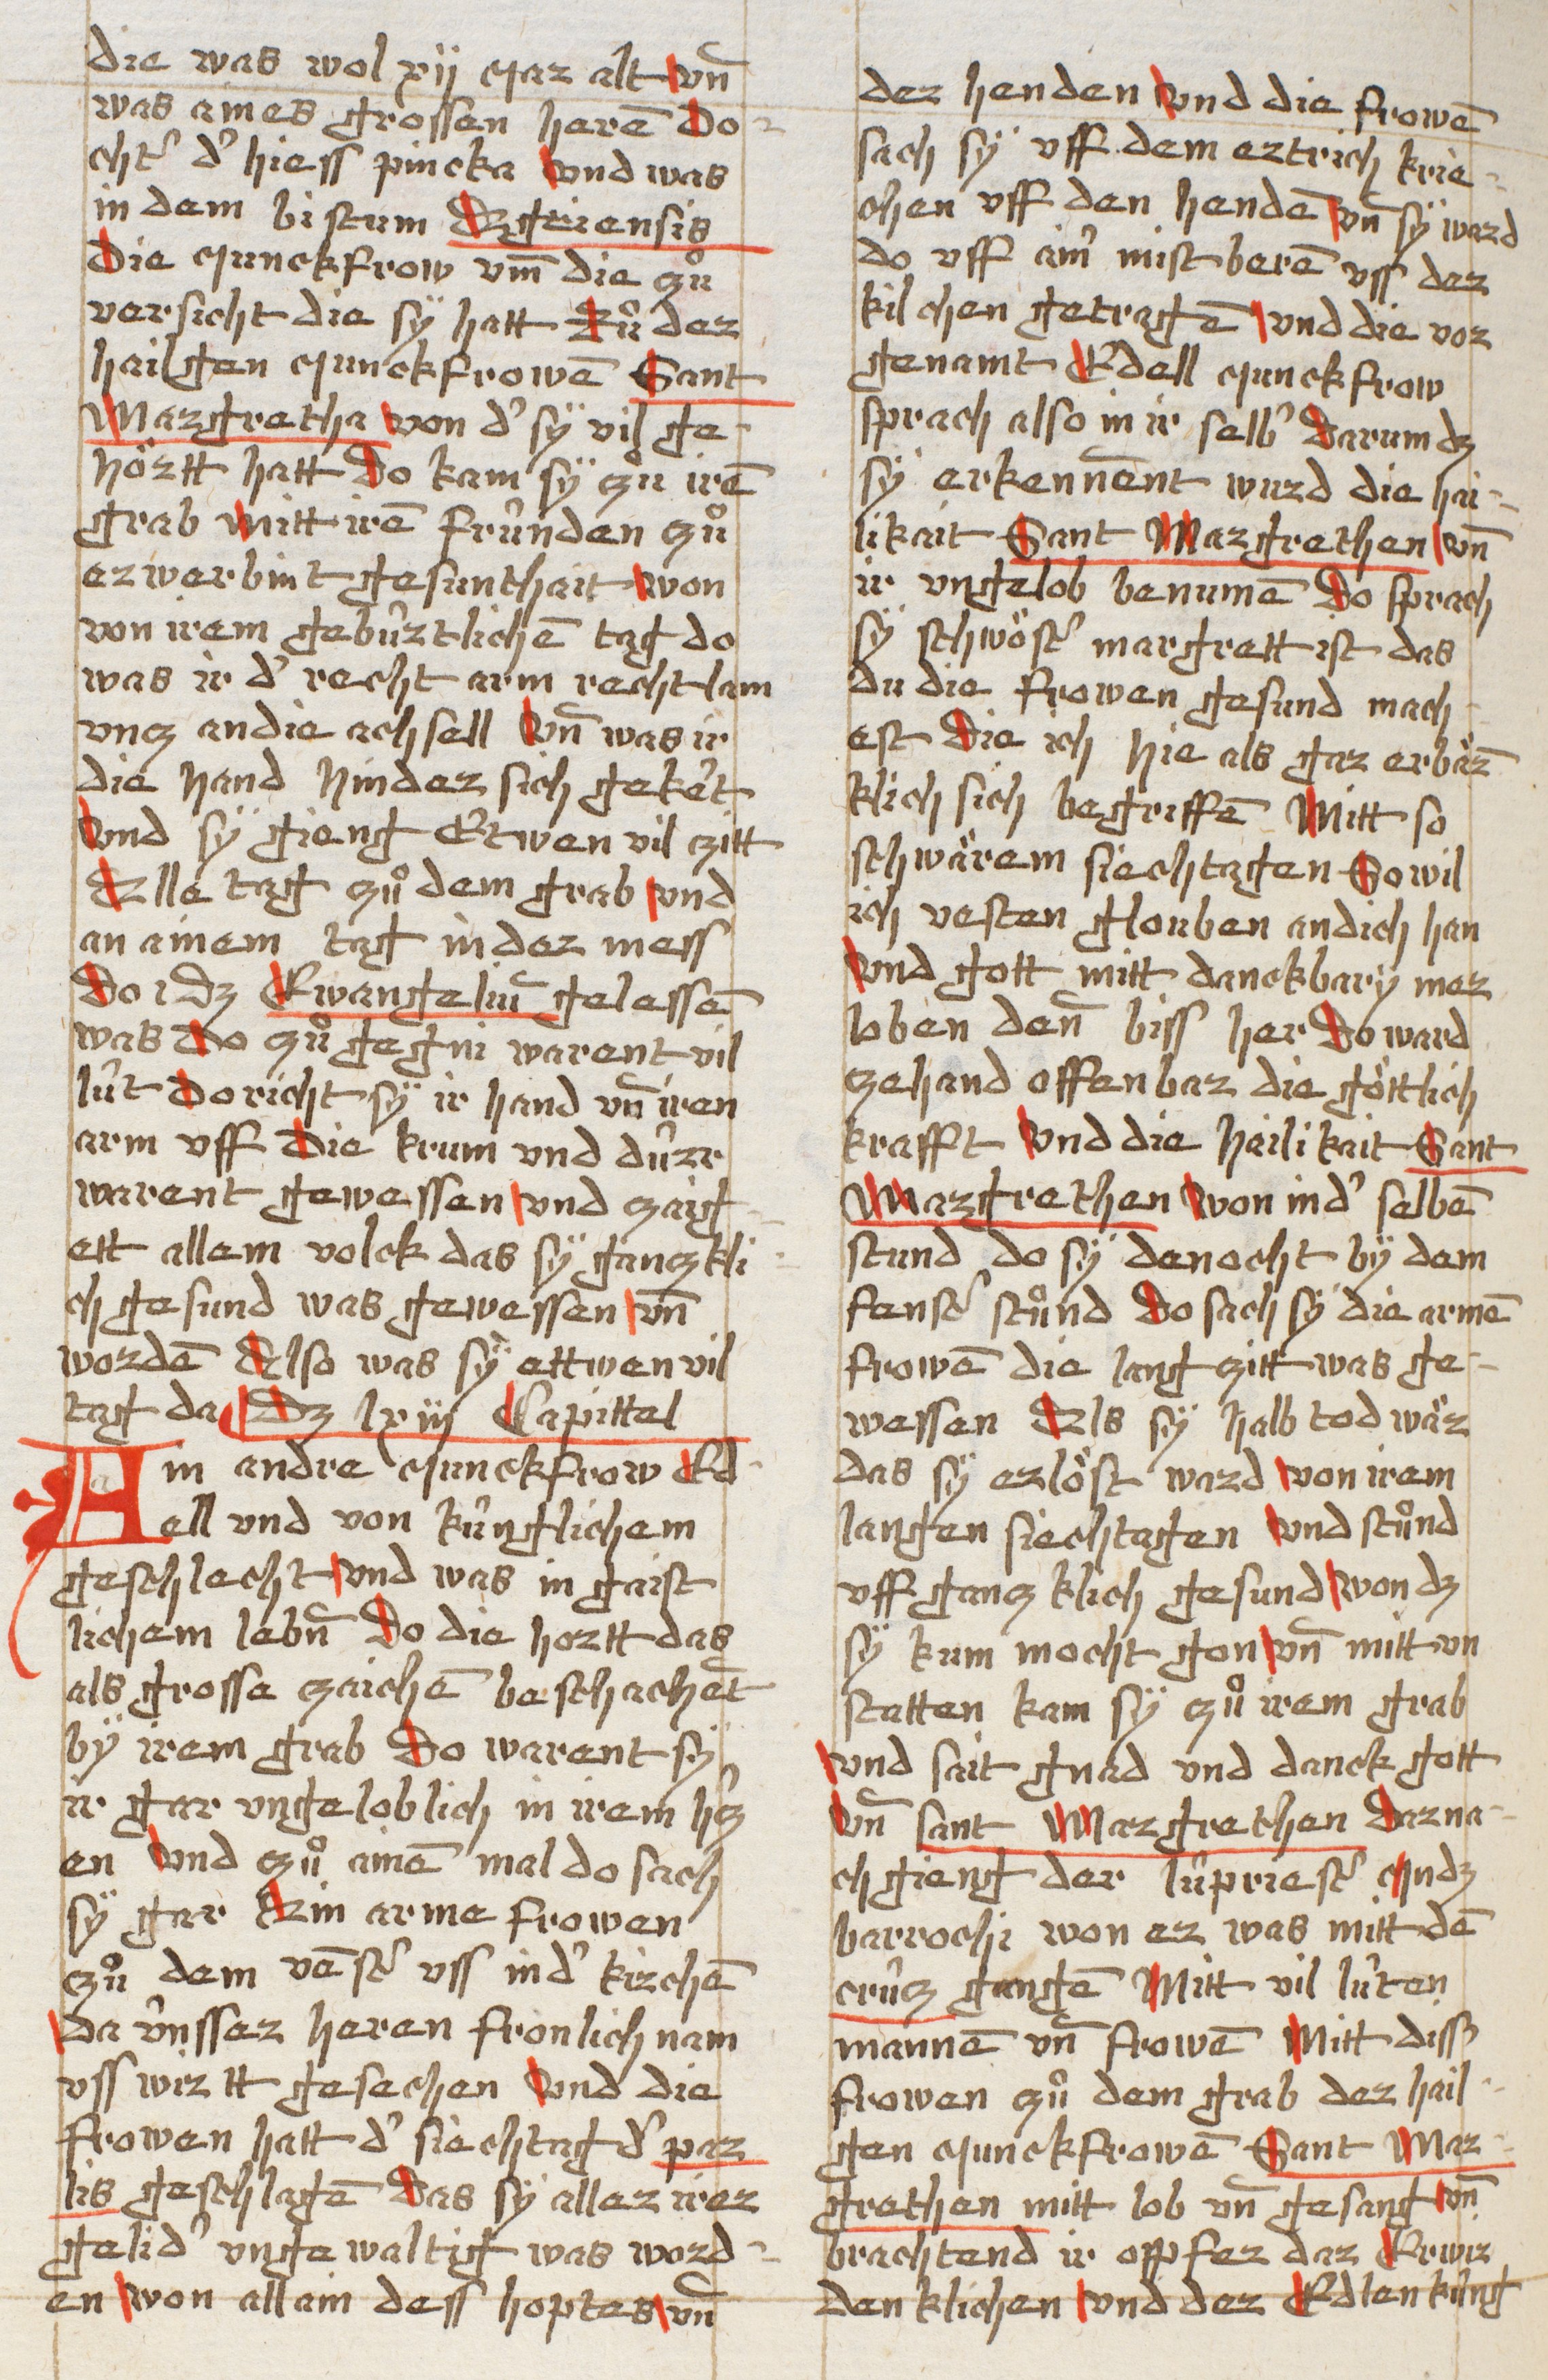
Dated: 1490–1520